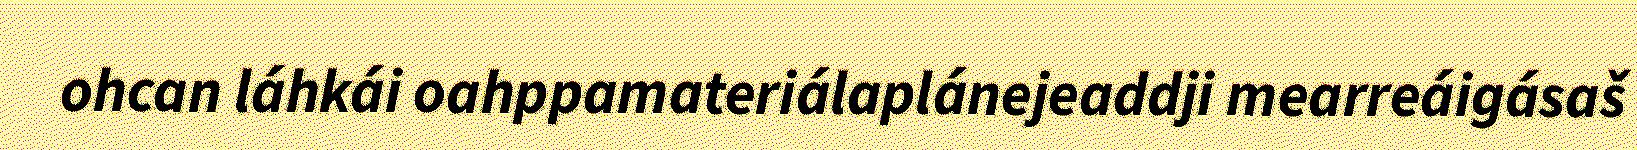
ohcan láhkái oahppamateriálaplánejeaddji mearreáigásaš